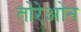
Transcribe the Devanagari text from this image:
तोरेओन